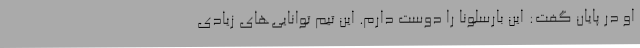
او در پایان گفت: این بارسلونا را دوست دارم. این تیم توانایی‌های زیادی